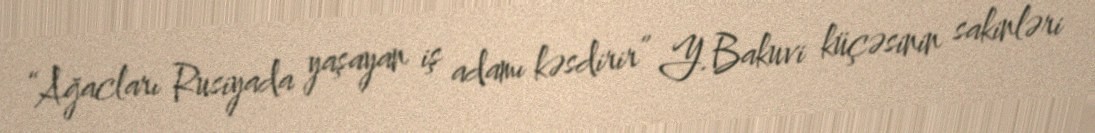
“Ağacları Rusiyada yaşayan iş adamı kəsdirir” Y.Bakuvi küçəsinin sakinləri